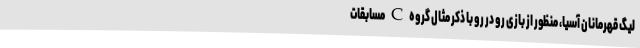
لیگ قهرمانان آسیا، منظور از بازی رو در رو با ذکر مثال گروه C مسابقات